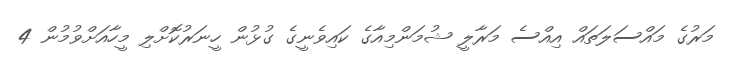
މަރުގެ މައްސަލަތައް އިއްސެ މަރާލީ ޝުމަންމިއާގެ ކައިވެނީގެ ގުޅުން ހީނަރުކޮށްލި މީހާއަށްވުމުން 4